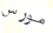
مورس